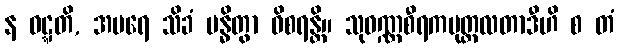
န ဝဋ္ဋတိ, အပရေ သိခံ ဗန္ဓိတွာ ဝိစရန္တိ။ သုဝဏ္ဏစီရကမုတ္တလတာဒီဟိ စ တံ